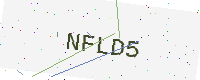
Text: NFLD5